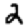
Digit: 2